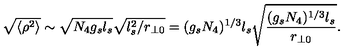
\sqrt { \langle \rho ^ { 2 } \rangle } \sim \sqrt { N _ { 4 } g _ { s } l _ { s } } \sqrt { l _ { s } ^ { 2 } / r _ { \perp 0 } } = ( g _ { s } N _ { 4 } ) ^ { 1 / 3 } l _ { s } \sqrt { \frac { ( g _ { s } N _ { 4 } ) ^ { 1 / 3 } l _ { s } } { r _ { \perp 0 } } } .